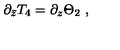
\partial _ { \bar { z } } T _ { 4 } = \partial _ { z } \Theta _ { 2 } \ ,